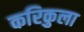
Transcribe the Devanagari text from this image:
करिकुला